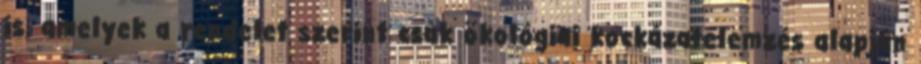
is, amelyek a rendelet szerint csak ökológiai kockázatelemzés alapján